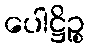
ပေါဋ္ဌိဉ္စ